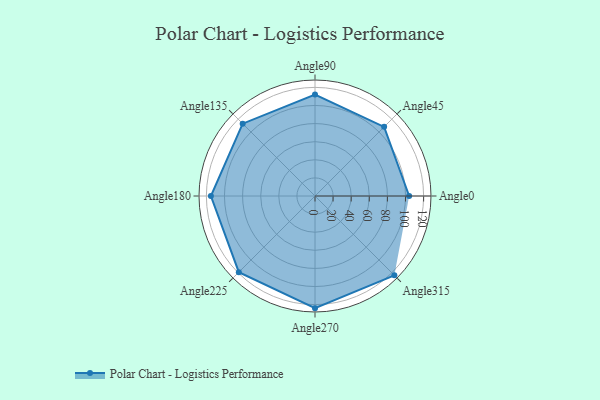
{"axis": {"x": "Angle", "y": "Radius"}, "legend": [""], "data": [{"x": "Angle0", "y": 104.0, "type": ""}, {"x": "Angle45", "y": 108.0, "type": ""}, {"x": "Angle90", "y": 112.0, "type": ""}, {"x": "Angle135", "y": 113.0, "type": ""}, {"x": "Angle180", "y": 115.0, "type": ""}, {"x": "Angle225", "y": 119.0, "type": ""}, {"x": "Angle270", "y": 124.0, "type": ""}, {"x": "Angle315", "y": 124.0, "type": ""}]}